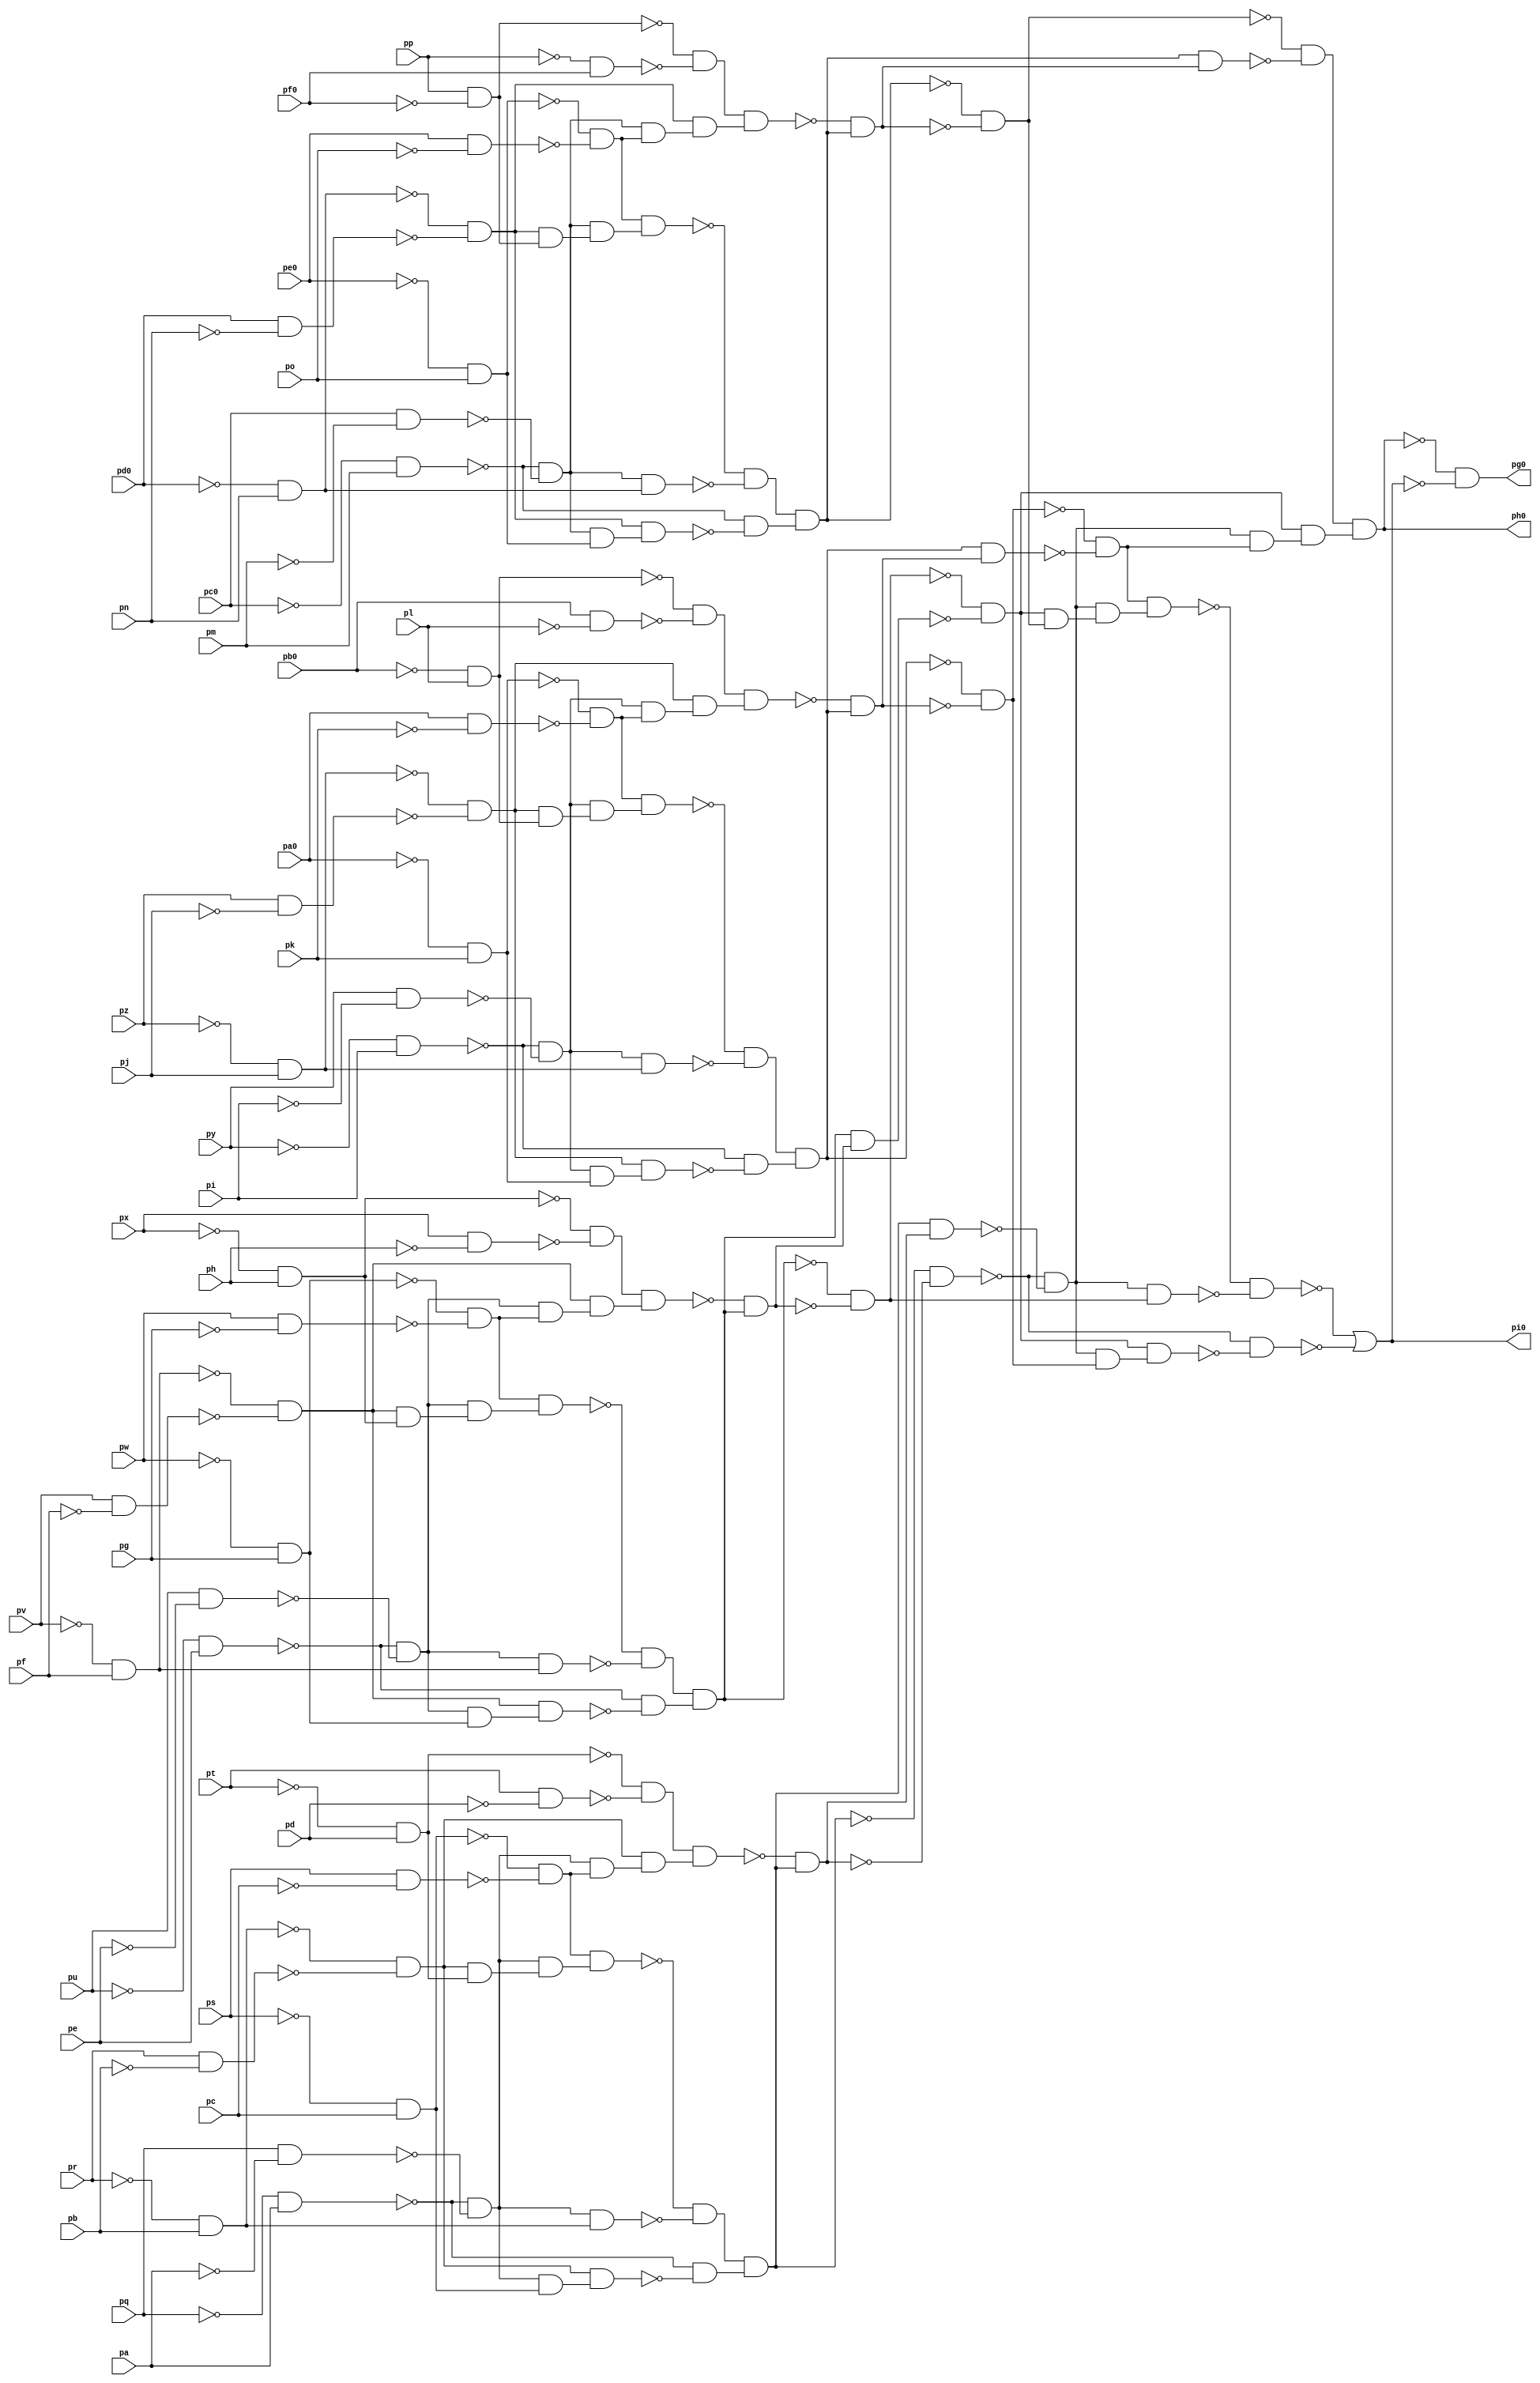
module top ( 
    pp, pa0, pq, pb0, pr, pc0, ps, pd0, pt, pe0, pu, pf0, pv, pw, px, py,
    pz, pa, pb, pc, pd, pe, pf, pg, ph, pi, pj, pk, pl, pm, pn, po,
    pg0, ph0, pi0  );
  input  pp, pa0, pq, pb0, pr, pc0, ps, pd0, pt, pe0, pu, pf0, pv, pw,
    px, py, pz, pa, pb, pc, pd, pe, pf, pg, ph, pi, pj, pk, pl, pm, pn, po;
  output pg0, ph0, pi0;
  wire new_n36_, new_n37_, new_n38_, new_n39_, new_n40_, new_n41_, new_n42_,
    new_n43_, new_n44_, new_n45_, new_n46_, new_n47_, new_n48_, new_n49_,
    new_n50_, new_n51_, new_n52_, new_n53_, new_n54_, new_n55_, new_n56_,
    new_n57_, new_n58_, new_n59_, new_n60_, new_n61_, new_n62_, new_n63_,
    new_n64_, new_n65_, new_n66_, new_n67_, new_n68_, new_n69_, new_n70_,
    new_n71_, new_n72_, new_n73_, new_n74_, new_n75_, new_n76_, new_n77_,
    new_n78_, new_n79_, new_n80_, new_n81_, new_n82_, new_n83_, new_n84_,
    new_n85_, new_n86_, new_n87_, new_n88_, new_n89_, new_n90_, new_n91_,
    new_n92_, new_n93_, new_n94_, new_n95_, new_n96_, new_n97_, new_n98_,
    new_n99_, new_n100_, new_n101_, new_n102_, new_n103_, new_n104_,
    new_n105_, new_n106_, new_n107_, new_n108_, new_n109_, new_n110_,
    new_n111_, new_n112_, new_n113_, new_n114_, new_n115_, new_n116_,
    new_n117_, new_n118_, new_n119_, new_n120_, new_n121_, new_n122_,
    new_n123_, new_n124_, new_n125_, new_n126_, new_n127_, new_n128_,
    new_n129_, new_n130_, new_n131_, new_n132_, new_n133_, new_n134_,
    new_n135_, new_n136_, new_n137_, new_n138_, new_n139_, new_n140_,
    new_n141_, new_n142_, new_n143_, new_n144_, new_n145_, new_n146_,
    new_n147_, new_n148_, new_n149_, new_n151_, new_n152_, new_n153_,
    new_n154_, new_n155_, new_n156_, new_n157_, new_n158_;
  assign new_n36_ = ~pq & pa;
  assign new_n37_ = pq & ~pa;
  assign new_n38_ = ~new_n36_ & ~new_n37_;
  assign new_n39_ = ~ps & pc;
  assign new_n40_ = ps & ~pc;
  assign new_n41_ = ~new_n39_ & ~new_n40_;
  assign new_n42_ = ~pr & pb;
  assign new_n43_ = pr & ~pb;
  assign new_n44_ = ~new_n42_ & ~new_n43_;
  assign new_n45_ = ~pt & pd;
  assign new_n46_ = pt & ~pd;
  assign new_n47_ = ~new_n45_ & ~new_n46_;
  assign new_n48_ = new_n38_ & new_n41_;
  assign new_n49_ = new_n44_ & new_n48_;
  assign new_n50_ = new_n47_ & new_n49_;
  assign new_n51_ = new_n44_ & new_n45_;
  assign new_n52_ = new_n38_ & new_n51_;
  assign new_n53_ = new_n41_ & new_n52_;
  assign new_n54_ = new_n38_ & new_n42_;
  assign new_n55_ = new_n38_ & new_n39_;
  assign new_n56_ = new_n44_ & new_n55_;
  assign new_n57_ = ~new_n53_ & ~new_n54_;
  assign new_n58_ = ~new_n36_ & ~new_n56_;
  assign new_n59_ = new_n57_ & new_n58_;
  assign new_n60_ = ~new_n50_ & new_n59_;
  assign new_n61_ = ~new_n59_ & ~new_n60_;
  assign new_n62_ = new_n59_ & new_n60_;
  assign new_n63_ = ~new_n61_ & ~new_n62_;
  assign new_n64_ = ~py & pi;
  assign new_n65_ = py & ~pi;
  assign new_n66_ = ~new_n64_ & ~new_n65_;
  assign new_n67_ = ~pa0 & pk;
  assign new_n68_ = pa0 & ~pk;
  assign new_n69_ = ~new_n67_ & ~new_n68_;
  assign new_n70_ = ~pz & pj;
  assign new_n71_ = pz & ~pj;
  assign new_n72_ = ~new_n70_ & ~new_n71_;
  assign new_n73_ = ~pb0 & pl;
  assign new_n74_ = pb0 & ~pl;
  assign new_n75_ = ~new_n73_ & ~new_n74_;
  assign new_n76_ = new_n66_ & new_n69_;
  assign new_n77_ = new_n72_ & new_n76_;
  assign new_n78_ = new_n75_ & new_n77_;
  assign new_n79_ = new_n72_ & new_n73_;
  assign new_n80_ = new_n66_ & new_n79_;
  assign new_n81_ = new_n69_ & new_n80_;
  assign new_n82_ = new_n66_ & new_n70_;
  assign new_n83_ = new_n66_ & new_n67_;
  assign new_n84_ = new_n72_ & new_n83_;
  assign new_n85_ = ~new_n81_ & ~new_n82_;
  assign new_n86_ = ~new_n64_ & ~new_n84_;
  assign new_n87_ = new_n85_ & new_n86_;
  assign new_n88_ = ~new_n78_ & new_n87_;
  assign new_n89_ = ~new_n87_ & ~new_n88_;
  assign new_n90_ = new_n87_ & new_n88_;
  assign new_n91_ = ~new_n89_ & ~new_n90_;
  assign new_n92_ = ~pu & pe;
  assign new_n93_ = pu & ~pe;
  assign new_n94_ = ~new_n92_ & ~new_n93_;
  assign new_n95_ = ~pw & pg;
  assign new_n96_ = pw & ~pg;
  assign new_n97_ = ~new_n95_ & ~new_n96_;
  assign new_n98_ = ~pv & pf;
  assign new_n99_ = pv & ~pf;
  assign new_n100_ = ~new_n98_ & ~new_n99_;
  assign new_n101_ = ~px & ph;
  assign new_n102_ = px & ~ph;
  assign new_n103_ = ~new_n101_ & ~new_n102_;
  assign new_n104_ = new_n94_ & new_n97_;
  assign new_n105_ = new_n100_ & new_n104_;
  assign new_n106_ = new_n103_ & new_n105_;
  assign new_n107_ = new_n100_ & new_n101_;
  assign new_n108_ = new_n94_ & new_n107_;
  assign new_n109_ = new_n97_ & new_n108_;
  assign new_n110_ = new_n94_ & new_n98_;
  assign new_n111_ = new_n94_ & new_n95_;
  assign new_n112_ = new_n100_ & new_n111_;
  assign new_n113_ = ~new_n109_ & ~new_n110_;
  assign new_n114_ = ~new_n92_ & ~new_n112_;
  assign new_n115_ = new_n113_ & new_n114_;
  assign new_n116_ = ~new_n106_ & new_n115_;
  assign new_n117_ = ~new_n115_ & ~new_n116_;
  assign new_n118_ = new_n115_ & new_n116_;
  assign new_n119_ = ~new_n117_ & ~new_n118_;
  assign new_n120_ = ~pc0 & pm;
  assign new_n121_ = pc0 & ~pm;
  assign new_n122_ = ~new_n120_ & ~new_n121_;
  assign new_n123_ = ~pe0 & po;
  assign new_n124_ = pe0 & ~po;
  assign new_n125_ = ~new_n123_ & ~new_n124_;
  assign new_n126_ = ~pd0 & pn;
  assign new_n127_ = pd0 & ~pn;
  assign new_n128_ = ~new_n126_ & ~new_n127_;
  assign new_n129_ = pp & ~pf0;
  assign new_n130_ = ~pp & pf0;
  assign new_n131_ = ~new_n129_ & ~new_n130_;
  assign new_n132_ = new_n122_ & new_n125_;
  assign new_n133_ = new_n128_ & new_n132_;
  assign new_n134_ = new_n131_ & new_n133_;
  assign new_n135_ = new_n128_ & new_n129_;
  assign new_n136_ = new_n122_ & new_n135_;
  assign new_n137_ = new_n125_ & new_n136_;
  assign new_n138_ = new_n122_ & new_n126_;
  assign new_n139_ = new_n122_ & new_n123_;
  assign new_n140_ = new_n128_ & new_n139_;
  assign new_n141_ = ~new_n137_ & ~new_n138_;
  assign new_n142_ = ~new_n120_ & ~new_n140_;
  assign new_n143_ = new_n141_ & new_n142_;
  assign new_n144_ = ~new_n134_ & new_n143_;
  assign new_n145_ = ~new_n143_ & ~new_n144_;
  assign new_n146_ = new_n143_ & new_n144_;
  assign new_n147_ = ~new_n145_ & ~new_n146_;
  assign new_n148_ = new_n63_ & new_n91_;
  assign new_n149_ = new_n119_ & new_n148_;
  assign ph0 = new_n147_ & new_n149_;
  assign new_n151_ = new_n119_ & new_n145_;
  assign new_n152_ = new_n63_ & new_n151_;
  assign new_n153_ = new_n91_ & new_n152_;
  assign new_n154_ = new_n63_ & new_n117_;
  assign new_n155_ = new_n63_ & new_n89_;
  assign new_n156_ = new_n119_ & new_n155_;
  assign new_n157_ = ~new_n153_ & ~new_n154_;
  assign new_n158_ = ~new_n61_ & ~new_n156_;
  assign pi0 = ~new_n157_ | ~new_n158_;
  assign pg0 = ~ph0 & ~pi0;
endmodule